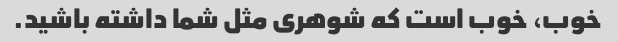
خوب، خوب است که شوهری مثل شما داشته باشید.